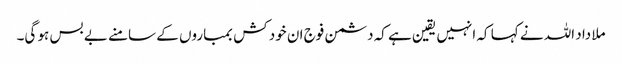
ملا داد اللہ نے کہا کہ انہیں یقین ہے کہ دشمن فوج ان خود کش بمباروں کے سامنے بے بس ہو گی۔